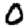
Digit: 0